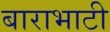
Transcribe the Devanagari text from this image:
बाराभाटी